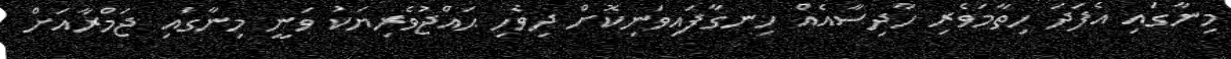
މިނާގައި އެފަދަ ހިތާމަވެރި ހާދިސާއެއް ހިނގާފައިވަނިކޮށް ދިވެހި ޙައްޖުވެރިޔަކު ވަނީ މިނާގައި ޖަމްރާއަށް